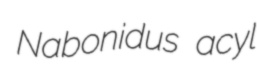
Nabonidus acyl